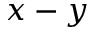
x - y